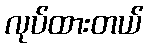
လုပ်ထားတယ်